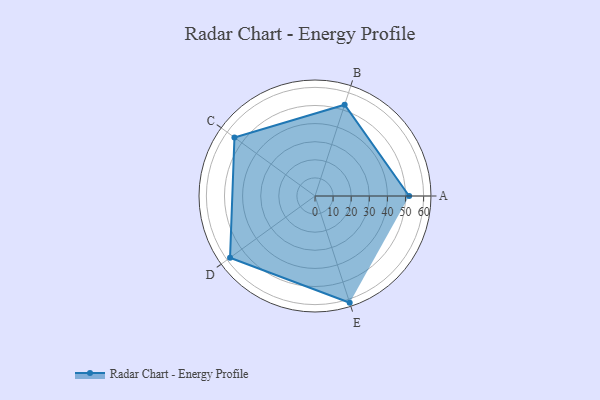
{"axis": {"x": "Skill", "y": "Score"}, "legend": ["Profile"], "data": [{"x": "A", "y": 52.0, "type": "Profile"}, {"x": "B", "y": 53.0, "type": "Profile"}, {"x": "C", "y": 55.0, "type": "Profile"}, {"x": "D", "y": 58.0, "type": "Profile"}, {"x": "E", "y": 62.0, "type": "Profile"}]}